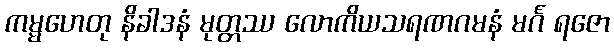
ကမ္မဟေတု နိခါဒနံ မုတ္တဿ လောကိယသရဏဂမနံ မင်္ဂ ရဇော